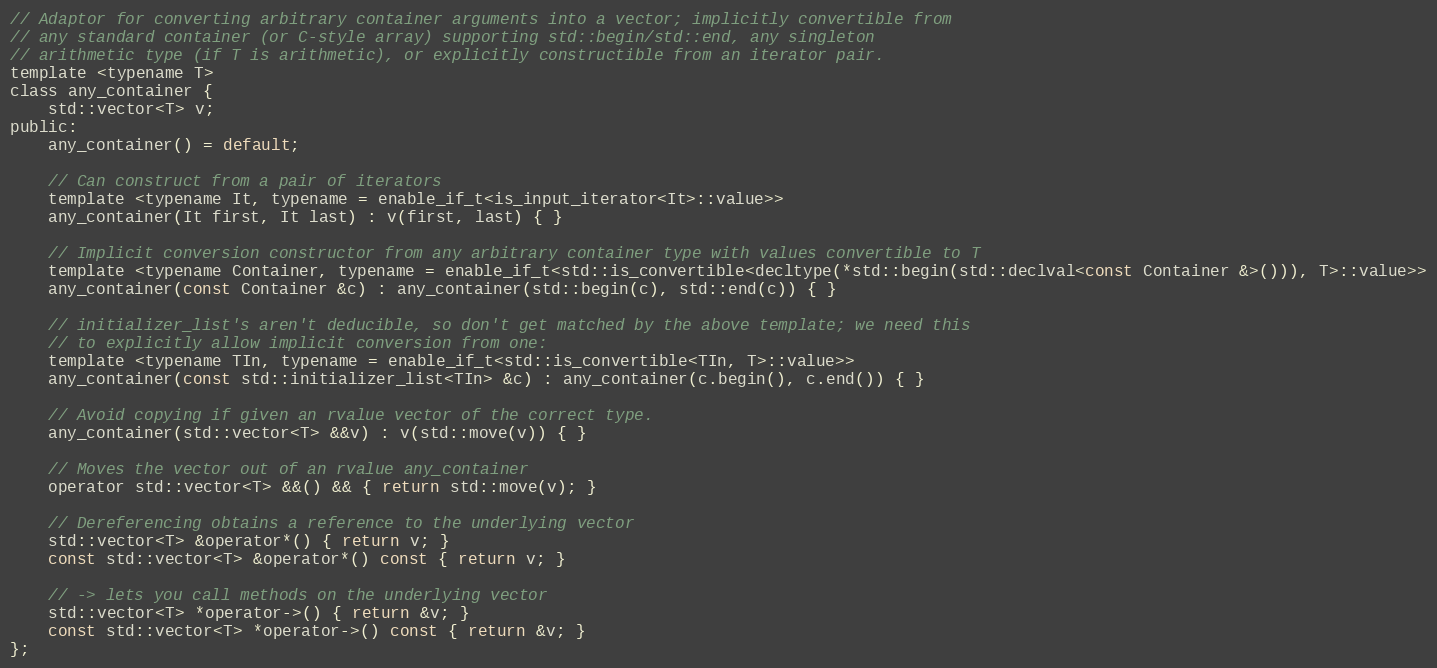
Language: C
// Adaptor for converting arbitrary container arguments into a vector; implicitly convertible from
// any standard container (or C-style array) supporting std::begin/std::end, any singleton
// arithmetic type (if T is arithmetic), or explicitly constructible from an iterator pair.
template <typename T>
class any_container {
    std::vector<T> v;
public:
    any_container() = default;

    // Can construct from a pair of iterators
    template <typename It, typename = enable_if_t<is_input_iterator<It>::value>>
    any_container(It first, It last) : v(first, last) { }

    // Implicit conversion constructor from any arbitrary container type with values convertible to T
    template <typename Container, typename = enable_if_t<std::is_convertible<decltype(*std::begin(std::declval<const Container &>())), T>::value>>
    any_container(const Container &c) : any_container(std::begin(c), std::end(c)) { }

    // initializer_list's aren't deducible, so don't get matched by the above template; we need this
    // to explicitly allow implicit conversion from one:
    template <typename TIn, typename = enable_if_t<std::is_convertible<TIn, T>::value>>
    any_container(const std::initializer_list<TIn> &c) : any_container(c.begin(), c.end()) { }

    // Avoid copying if given an rvalue vector of the correct type.
    any_container(std::vector<T> &&v) : v(std::move(v)) { }

    // Moves the vector out of an rvalue any_container
    operator std::vector<T> &&() && { return std::move(v); }

    // Dereferencing obtains a reference to the underlying vector
    std::vector<T> &operator*() { return v; }
    const std::vector<T> &operator*() const { return v; }

    // -> lets you call methods on the underlying vector
    std::vector<T> *operator->() { return &v; }
    const std::vector<T> *operator->() const { return &v; }
};